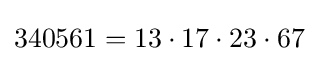
340561=13\cdot 17\cdot 23\cdot 67